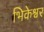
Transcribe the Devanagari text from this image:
भिकेश्वर